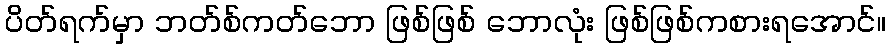
ပိတ်ရက်မှာ ဘတ်စ်ကတ်ဘော ဖြစ်ဖြစ် ဘောလုံး ဖြစ်ဖြစ်ကစားရအောင်။